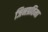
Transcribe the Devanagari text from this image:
जिनप्रतिमा